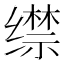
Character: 𦈟